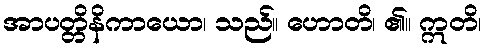
အာပတ္တိနိကာယော၊ သည်။ ဟောတိ၊ ၏။ ဣတိ၊